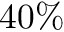
4 0 \%